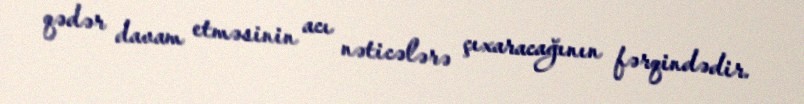
qədər davam etməsinin acı nəticələrə çıxaracağının fərqindədir.